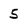
Character: 5